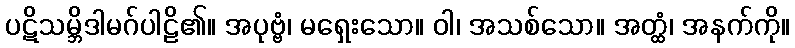
ပဋိသမ္ဘိဒါမဂ်ပါဠိ၏။ အပုဗ္ဗံ၊ မရှေးသော။ ဝါ၊ အသစ်သော။ အတ္ထံ၊ အနက်ကို။